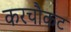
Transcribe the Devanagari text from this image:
करचौकट